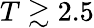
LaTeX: T\gtrsim 2.5